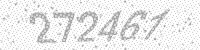
Solution: 272461